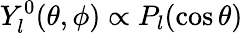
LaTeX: Y_{l}^{0}(\theta,\phi)\propto P_{l}(\cos\theta)